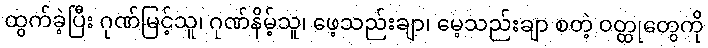
ထွက်ခဲ့ပြီး ဂုဏ်မြင့်သူ၊ ဂုဏ်နိမ့်သူ၊ ဖေ့သည်းချာ၊ မေ့သည်းချာ စတဲ့ ဝတ္ထုတွေကို